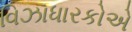
વિઝાધારકોએ